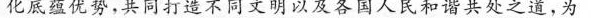
化底蕴优势，共同打造不同文明以及各国人民和谐共处之道，为